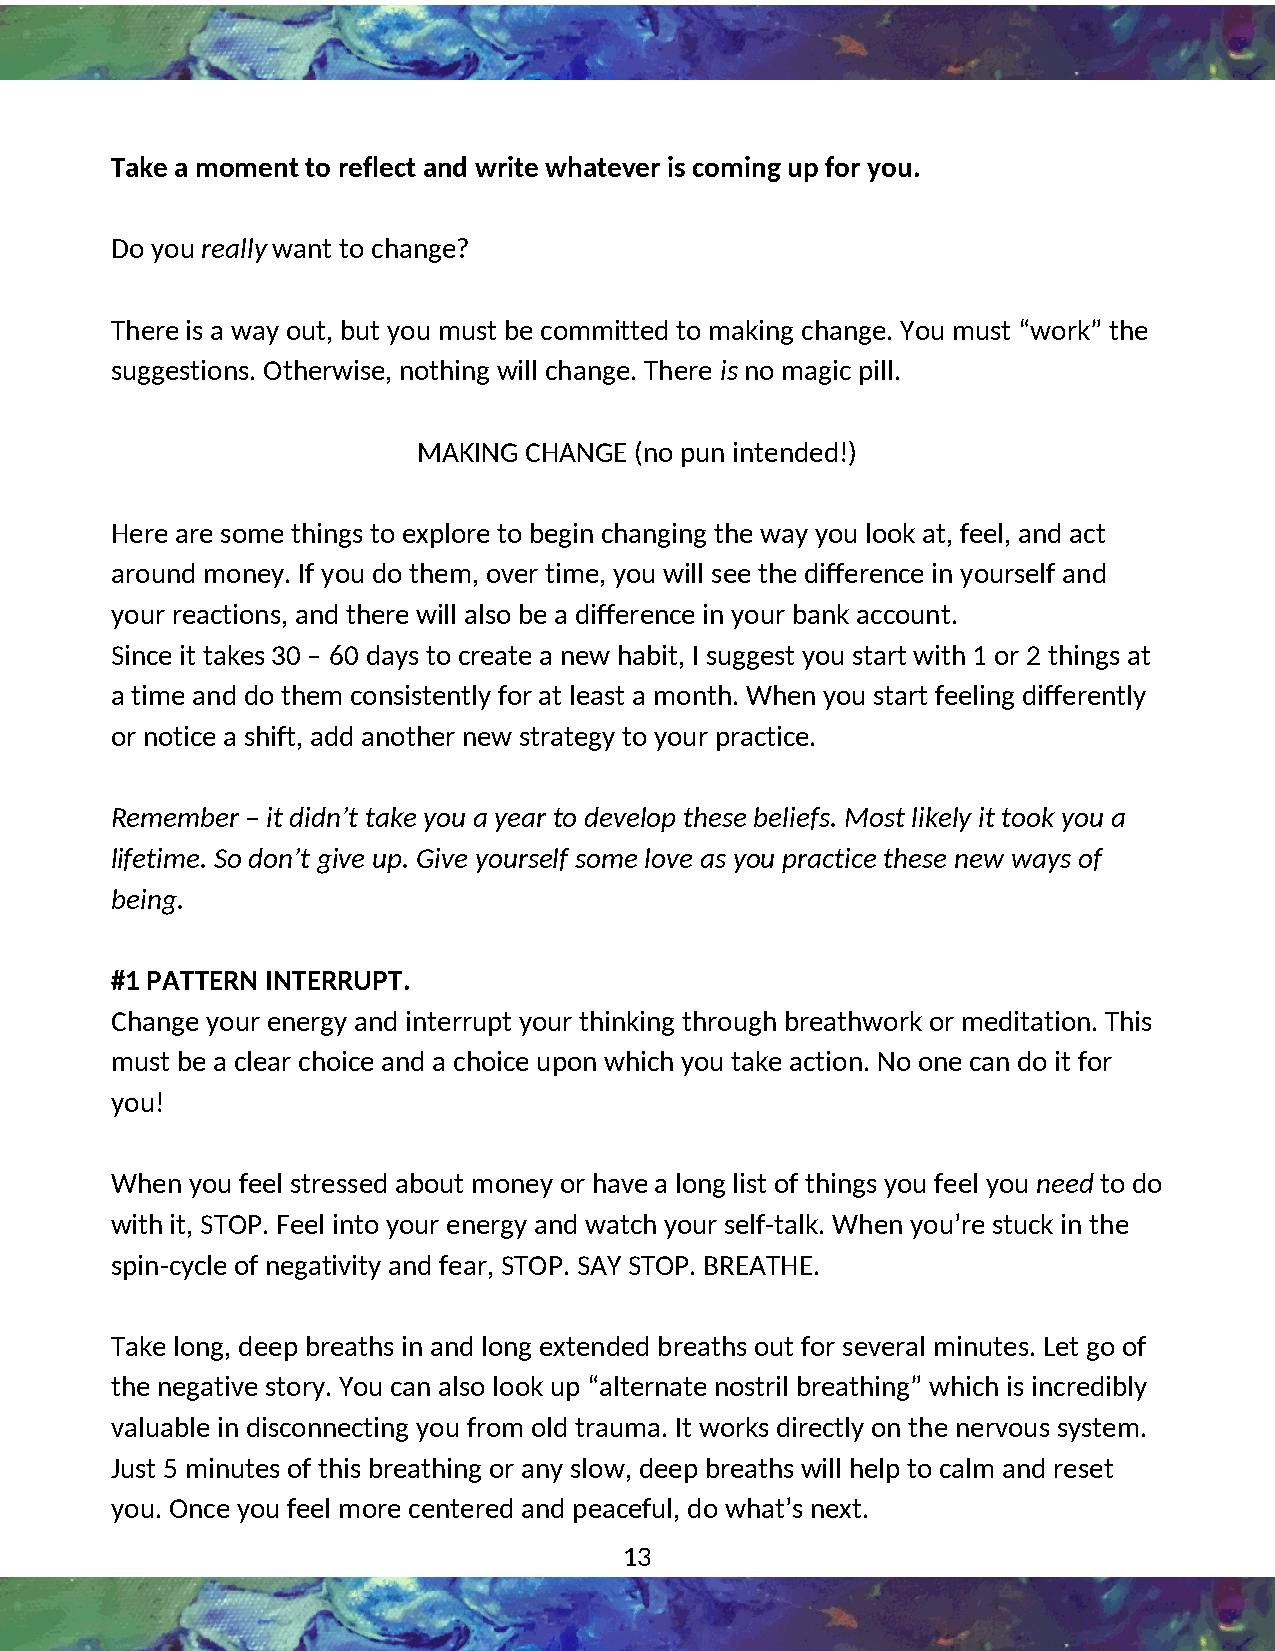
Take a moment to reflect and write whatever is coming up for you.
 Do you really want to change?
 4
 There is a way out, but you must be committed to making change. You must “work” the
 suggestions. Otherwise, nothing will change. There is no magic pill.
 MAKING CHANGE (no pun intended!)
 Here are some things to explore to begin changing the way you look at, feel, and act
 around money. If you do them, over time, you will see the difference in yourself and
 your reactions, and there will also be a difference in your bank account.
 Since it takes 30 – 60 days to create a new habit, I suggest you start with 1 or 2 things at
 a time and do them consistently for at least a month. When you start feeling differently
 or notice a shift, add another new strategy to your practice.
 Remember – it didn’t take you a year to develop these beliefs. Most likely it took you a
 lifetime. So don’t give up. Give yourself some love as you practice these new ways of
 being.
 #1 PATTERN INTERRUPT.
 Change your energy and interrupt your thinking through breathwork or meditation. This
 must be a clear choice and a choice upon which you take action. No one can do it for
 you!
 When you feel stressed about money or have a long list of things you feel you need to do
 with it, STOP. Feel into your energy and watch your self-talk. When you’re stuck in the
 spin-cycle of negativity and fear, STOP. SAY STOP. BREATHE.
 Take long, deep breaths in and long extended breaths out for several minutes. Let go of
 the negative story. You can also look up “alternate nostril breathing” which is incredibly
 valuable in disconnecting you from old trauma. It works directly on the nervous system.
 Just 5 minutes of this breathing or any slow, deep breaths will help to calm and reset
 you. Once you feel more centered and peaceful, do what’s next.
 13